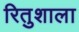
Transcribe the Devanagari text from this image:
रितुशाला